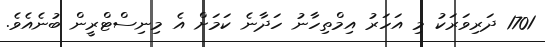
1701 ދަރިވަރަކު މި އަހަރު އިމްތިހާނު ހަދާނެ ކަމަށް އެ މިނިސްޓްރީން ބުނެއެވެ.